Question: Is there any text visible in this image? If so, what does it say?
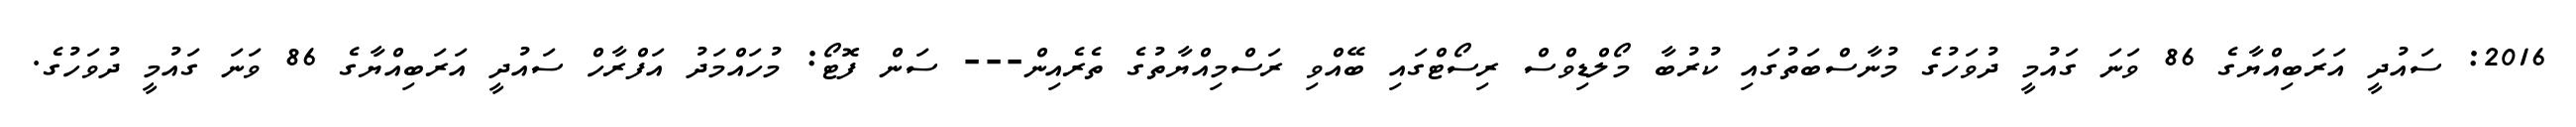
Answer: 2016: ސައުދީ އަރަބިއްޔާގެ 86 ވަނަ ގައުމީ ދުވަހުގެ މުނާސްބަތުގައި ކުރުބާ މޯލްޑިވްސް ރިސޯޓްގައި ބޭއްވި ރަސްމިއްޔާތުގެ ތެރެއިން--- ސަން ފޮޓޯ: މުހައްމަދު އަފްރާހް ސައުދީ އަރަބިއްޔާގެ 86 ވަނަ ގައުމީ ދުވަހުގެ.